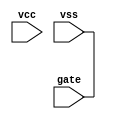
`default_nettype none
module power_switch (
   input wire gate,
   input wire vcc,
   input wire vss
   );

   assign vss = gate;

endmodule